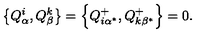
\left\{ Q _ { \alpha } ^ { i } , Q _ { \beta } ^ { k } \right\} = \left\{ Q _ { i \alpha ^ { * } } ^ { + } , Q _ { k \beta ^ { * } } ^ { + } \right\} = 0 .